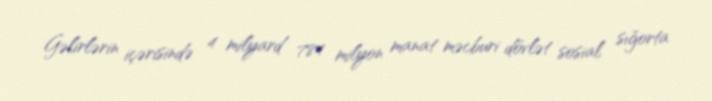
Gəlirlərin içərisində 4 milyard 784 milyon manat məcburi dövlət sosial sığorta